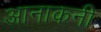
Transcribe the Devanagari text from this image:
आनाकनी